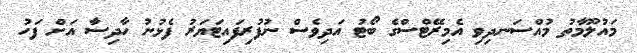
މައުލޫމާތު މުއްސަނދިވި އެމިރޭޓްސްގެ ބޯޓު އަދިވެސް ނުފުރިފައިޓަޔަރު ފެޅުނު ހާދިސާ އަށް ފަހު